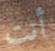
أنت